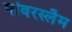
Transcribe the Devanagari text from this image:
पॉवरस्लैम